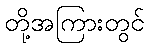
တို့အကြားတွင်